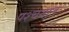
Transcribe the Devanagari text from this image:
पश्चयात